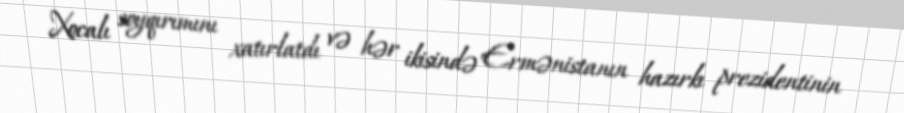
Xocalı soyqırımını xatırlatdı və hər ikisində Ermənistanın hazırkı prezidentinin